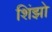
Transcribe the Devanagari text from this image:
शिंझो